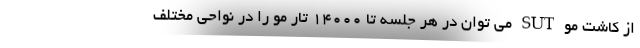
از کاشت مو SUT می توان در هر جلسه تا 14000 تار مو را در نواحی مختلف